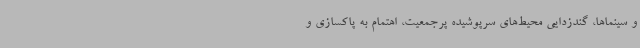
و سینماها، گندزدایی محیط‌های سرپوشیده پرجمعیت، اهتمام به پاکسازی و